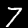
Digit: 7